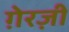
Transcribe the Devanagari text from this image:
ग़ेरज़ी